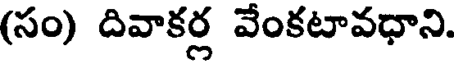
(సం) దివాకర్ల వేంకటావధాని.